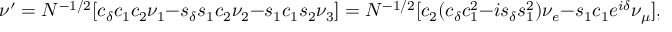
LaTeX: \nu ^ { \prime } = N ^ { - 1 / 2 } [ c _ { \delta } c _ { 1 } c _ { 2 } \nu _ { 1 } - s _ { \delta } s _ { 1 } c _ { 2 } \nu _ { 2 } - s _ { 1 } c _ { 1 } s _ { 2 } \nu _ { 3 } ] = N ^ { - 1 / 2 } [ c _ { 2 } ( c _ { \delta } c _ { 1 } ^ { 2 } - i s _ { \delta } s _ { 1 } ^ { 2 } ) \nu _ { e } - s _ { 1 } c _ { 1 } e ^ { i \delta } \nu _ { \mu } ] ,